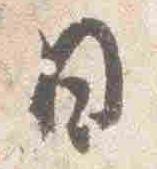
日